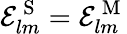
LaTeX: \mathcal{E}_{lm}^{\mathrm{~S~}}=\mathcal{E}_{lm}^{\mathrm{~M~}}